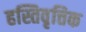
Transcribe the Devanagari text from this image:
हस्तिवृत्तिक